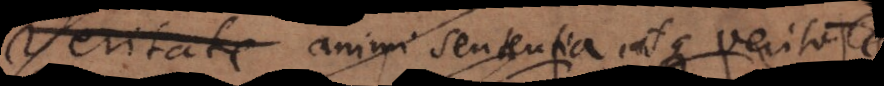
vel de animi sententia atque veritate,